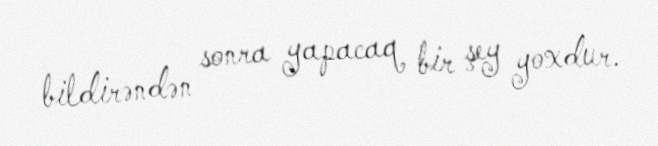
bildirəndən sonra yapacaq bir şey yoxdur.